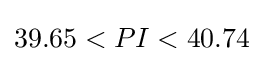
39.65<PI<40.74